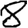
Digit: 8